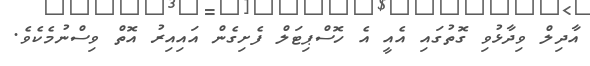
އާދިލް ވިދާޅުވި ގޮތުގައި އެއީ އެ ހޮސްޕިޓަލް ފެށިގެން އައިއިރު އޮތް ވިސްނުމެކެވެ.